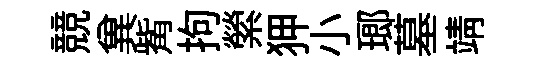
競兾觜拘縈狎小瑯墓靖